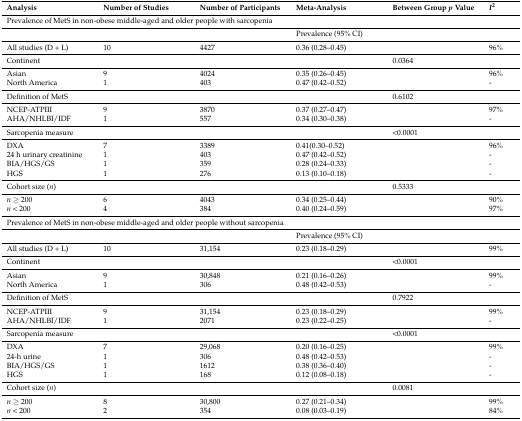
<table><thead><tr><td><b>Analysis</b></td><td><b>Number of Studies</b></td><td><b>Number of Participants</b></td><td><b>Meta-Analysis</b></td><td><b>Between Group <i>p</i> Value</b></td><td><b><i>I</i><sup>2</sup></b></td></tr></thead><tbody><tr><td colspan="6">Prevalence of MetS in non-obese middle-aged and older people with sarcopenia</td></tr><tr><td>[EMPTY_CELL]</td><td>[EMPTY_CELL]</td><td>[EMPTY_CELL]</td><td>Prevalence (95% CI)</td><td>[EMPTY_CELL]</td><td>[EMPTY_CELL]</td></tr><tr><td>All studies (D + L)</td><td>10</td><td>4427</td><td>0.36 (0.28–0.45)</td><td>[EMPTY_CELL]</td><td>96%</td></tr><tr><td>Continent</td><td>[EMPTY_CELL]</td><td>[EMPTY_CELL]</td><td>[EMPTY_CELL]</td><td>0.0364</td><td>[EMPTY_CELL]</td></tr><tr><td>Asian</td><td>9</td><td>4024</td><td>0.35 (0.26–0.45)</td><td>[EMPTY_CELL]</td><td>96%</td></tr><tr><td>North America</td><td>1</td><td>403</td><td>0.47 (0.42–0.52)</td><td>[EMPTY_CELL]</td><td>-</td></tr><tr><td>Definition of MetS</td><td>[EMPTY_CELL]</td><td>[EMPTY_CELL]</td><td>[EMPTY_CELL]</td><td>0.6102</td><td>[EMPTY_CELL]</td></tr><tr><td>NCEP-ATPIII</td><td>9</td><td>3870</td><td>0.37 (0.27–0.47)</td><td>[EMPTY_CELL]</td><td>97%</td></tr><tr><td>AHA/NHLBI/IDF</td><td>1</td><td>557</td><td>0.34 (0.30–0.38)</td><td>[EMPTY_CELL]</td><td>-</td></tr><tr><td>Sarcopenia measure</td><td>[EMPTY_CELL]</td><td>[EMPTY_CELL]</td><td>[EMPTY_CELL]</td><td>&lt;0.0001</td><td>[EMPTY_CELL]</td></tr><tr><td>DXA</td><td>7</td><td>3389</td><td>0.41(0.30–0.52)</td><td>[EMPTY_CELL]</td><td>96%</td></tr><tr><td>24 h urinary creatinine</td><td>1</td><td>403</td><td>0.47 (0.42–0.52)</td><td>[EMPTY_CELL]</td><td>-</td></tr><tr><td>BIA/HGS/GS</td><td>1</td><td>359</td><td>0.28 (0.24–0.33)</td><td>[EMPTY_CELL]</td><td>-</td></tr><tr><td>HGS</td><td>1</td><td>276</td><td>0.13 (0.10–0.18)</td><td>[EMPTY_CELL]</td><td>-</td></tr><tr><td>Cohort size (<i>n</i>)</td><td>[EMPTY_CELL]</td><td>[EMPTY_CELL]</td><td>[EMPTY_CELL]</td><td>0.5333</td><td>[EMPTY_CELL]</td></tr><tr><td><i>n</i> ≥ 200</td><td>6</td><td>4043</td><td>0.34 (0.25–0.44)</td><td>[EMPTY_CELL]</td><td>90%</td></tr><tr><td><i>n</i> &lt; 200</td><td>4</td><td>384</td><td>0.40 (0.24–0.59)</td><td>[EMPTY_CELL]</td><td>97%</td></tr><tr><td colspan="6">Prevalence of MetS in non-obese middle-aged and older people without sarcopenia</td></tr><tr><td>[EMPTY_CELL]</td><td>[EMPTY_CELL]</td><td>[EMPTY_CELL]</td><td>Prevalence (95% CI)</td><td>[EMPTY_CELL]</td><td>[EMPTY_CELL]</td></tr><tr><td>All studies (D + L)</td><td>10</td><td>31,154</td><td>0.23 (0.18–0.29)</td><td>[EMPTY_CELL]</td><td>99%</td></tr><tr><td>Continent</td><td>[EMPTY_CELL]</td><td>[EMPTY_CELL]</td><td>[EMPTY_CELL]</td><td>&lt;0.0001</td><td>[EMPTY_CELL]</td></tr><tr><td>Asian</td><td>9</td><td>30,848</td><td>0.21 (0.16–0.26)</td><td>[EMPTY_CELL]</td><td>99%</td></tr><tr><td>North America</td><td>1</td><td>306</td><td>0.48 (0.42–0.53)</td><td>[EMPTY_CELL]</td><td>-</td></tr><tr><td>Definition of MetS</td><td>[EMPTY_CELL]</td><td>[EMPTY_CELL]</td><td>[EMPTY_CELL]</td><td>0.7922</td><td>[EMPTY_CELL]</td></tr><tr><td>NCEP-ATPIII</td><td>9</td><td>31,154</td><td>0.23 (0.18–0.29)</td><td>[EMPTY_CELL]</td><td>99%</td></tr><tr><td>AHA/NHLBI/IDF</td><td>1</td><td>2071</td><td>0.23 (0.22–0.25)</td><td>[EMPTY_CELL]</td><td>-</td></tr><tr><td>Sarcopenia measure</td><td>[EMPTY_CELL]</td><td>[EMPTY_CELL]</td><td>[EMPTY_CELL]</td><td>&lt;0.0001</td><td>[EMPTY_CELL]</td></tr><tr><td>DXA</td><td>7</td><td>29,068</td><td>0.20 (0.16–0.25)</td><td>[EMPTY_CELL]</td><td>99%</td></tr><tr><td>24-h urine</td><td>1</td><td>306</td><td>0.48 (0.42–0.53)</td><td>[EMPTY_CELL]</td><td>-</td></tr><tr><td>BIA/HGS/GS</td><td>1</td><td>1612</td><td>0.38 (0.36–0.40)</td><td>[EMPTY_CELL]</td><td>-</td></tr><tr><td>HGS</td><td>1</td><td>168</td><td>0.12 (0.08–0.18)</td><td>[EMPTY_CELL]</td><td>-</td></tr><tr><td>Cohort size (<i>n</i>)</td><td>[EMPTY_CELL]</td><td>[EMPTY_CELL]</td><td>[EMPTY_CELL]</td><td>0.0081</td><td>[EMPTY_CELL]</td></tr><tr><td><i>n</i> ≥ 200</td><td>8</td><td>30,800</td><td>0.27 (0.21–0.34)</td><td>[EMPTY_CELL]</td><td>99%</td></tr><tr><td><i>n</i> &lt; 200</td><td>2</td><td>354</td><td>0.08 (0.03–0.19)</td><td>[EMPTY_CELL]</td><td>84%</td></tr></tbody></table>